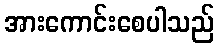
အားကောင်းစေပါသည်